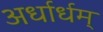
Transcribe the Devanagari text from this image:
अर्धार्धम्